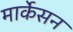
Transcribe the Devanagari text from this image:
मार्केसन